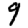
Digit: 9